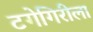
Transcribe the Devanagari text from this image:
टगेगिरीला